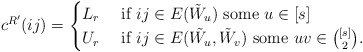
\begin{align*}c^{R'}(ij)=\begin{cases}L_r & \textnormal{ if } ij\in E(\tilde{W}_u) \textnormal{ some }u\in [s]\\U_r & \textnormal{ if } ij\in E(\tilde{W_u},\tilde{W}_v) \textnormal{ some }uv\in {[s]\choose 2}.\end{cases}\end{align*}